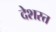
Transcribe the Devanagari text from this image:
देशस्त